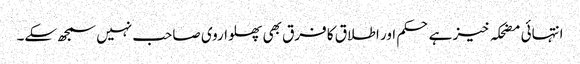
انتہائی مضحکہ خیز ہے حکم اور اطلاق کا فرق بھی پھلواروی صاحب نہیں سمجھ سکے۔